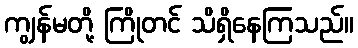
ကျွန်မတို့ ကြိုတင် သိရှိနေကြသည်။